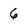
Character: 6